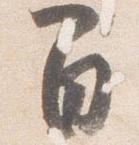
間